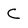
Character: C